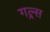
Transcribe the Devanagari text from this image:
गल्र्स